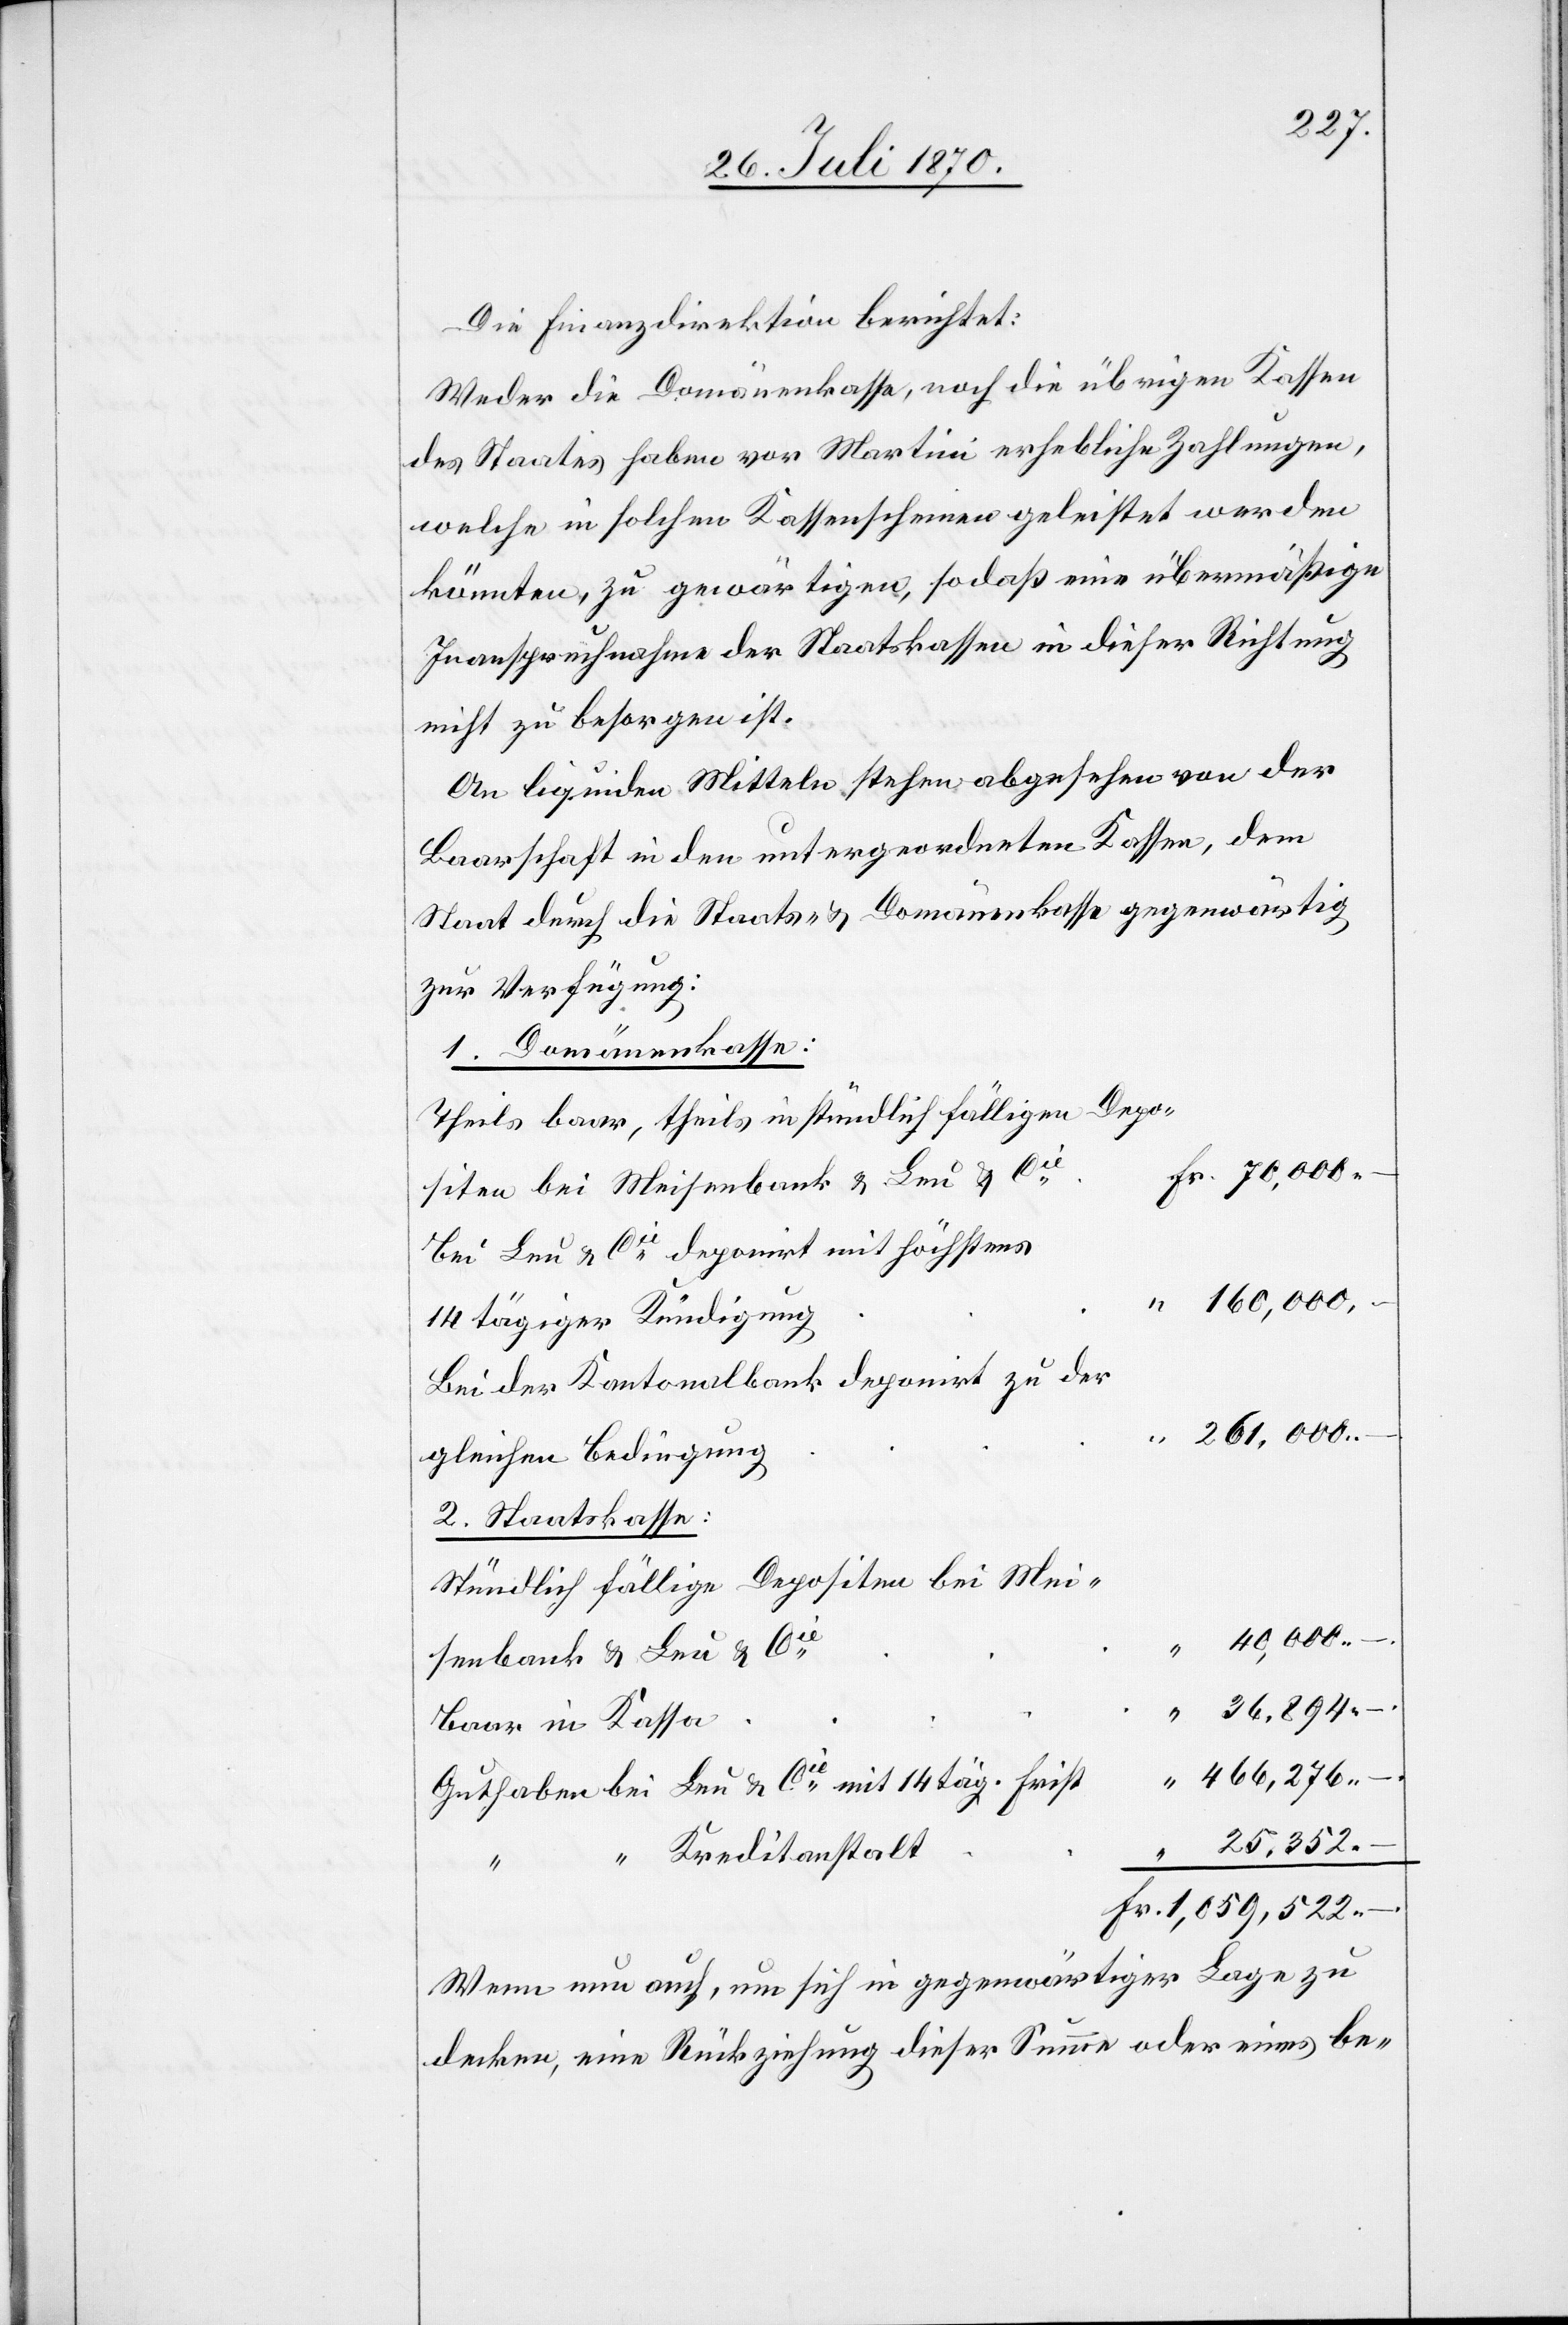
Die Finanzdirektion berichtet:
Weder die Domänenkasse, noch die übrigen Kassen
des Staates haben vor Martini erhebliche Zahlungen,
welche in solchen Kassenscheinen geleistet werden
könnten, zu gewärtigen, sodaß eine übermäßige
Inanspruchnahme der Staatskassen in dieser Richtung
nicht zu besorgen ist.
An liquiden Mitteln stehen abgesehen von der
Baarschaft in den untergeordneten Kassen, dem
Staat durch die Staats- & Domänenkasse gegenwärtig
zur Verfügung:
1. Domänenkasse:
Theils baar, theils in stündlich fälligen Depo¬
siten bei Meisenbank & Leu & Cie
bei Leu & Cie deponiert mit höchstens
14tägiger Kündigung
Bei der Kantonalbank deponirt zu der
261,000.–
gleichen Bedingung
2. Staatskasse:
Stündlich fällige Depositen bei Mei¬
Fr.
senbank & Leu & Cie
36,894.–
Baar in Kassa
466,276.–
Guthaben bei Leu & Cie mit 14 täg. Frist
“ Kreditanstalt
1,059,522.–
Wenn nun auch, um sich in gegenwärtiger Lage zu
decken, eine Rückziehung dieser Summe oder eines be-